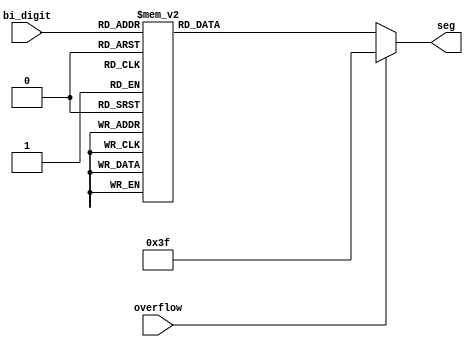
module seg7(bi_digit, overflow, seg);
input overflow;
input [3:0] bi_digit;
output [6:0] seg;
reg [6:0] seg;

always @ (bi_digit, overflow)
	if(!overflow)
	begin
		case (bi_digit)
			4'h0: seg = ~7'b0111111;
			4'h1: seg = ~7'b0000110;     	   
			4'h2: seg = ~7'b1011011;    		  
			4'h3: seg = ~7'b1001111;    		  
			4'h4: seg = ~7'b1100110; 		  	 
			4'h5: seg = ~7'b1101101;   		  
			4'h6: seg = ~7'b1111100;   		 
			4'h7: seg = ~7'b0000111;   		  
			4'h8: seg = ~7'b1111111;    	     
			4'h9: seg = ~7'b1101111;    		 
			4'ha: seg = ~7'b1110111;
			4'hb: seg = ~7'b1111100;
			4'hc: seg = ~7'b1011000;
			4'hd: seg = ~7'b1011110;
			4'he: seg = ~7'b1111001;
			4'hf: seg = ~7'b1110001;
		endcase
	end
	else
	begin
		seg = ~7'b1000000;
	end
endmodule